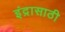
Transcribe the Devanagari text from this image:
इंद्रासाठी